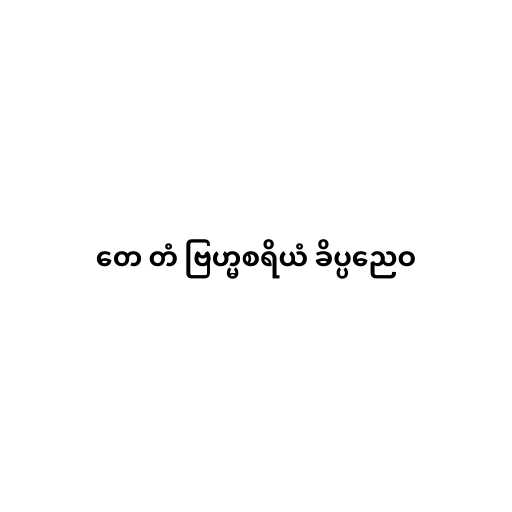
တေ တံ ဗြဟ္မစရိယံ ခိပ္ပညေဝ